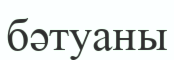
бәтуаны